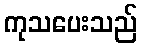
ကုသပေးသည်